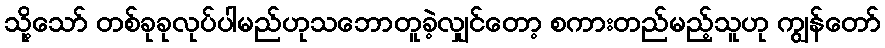
သို့သော် တစ်ခုခုလုပ်ပါမည်ဟုသဘောတူခဲ့လျှင်တော့ စကားတည်မည့်သူဟု ကျွန်တော်